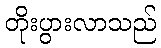
တိုးပွားလာသည်